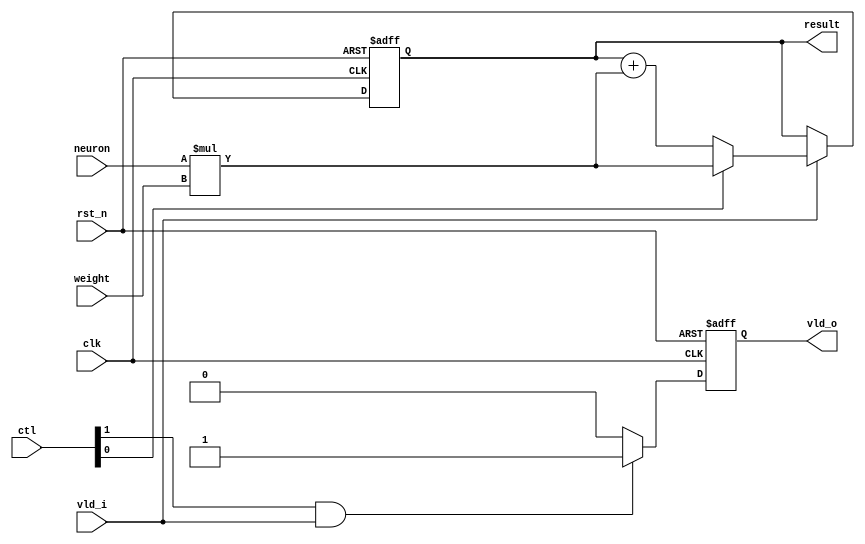
module serial_pe(
  input                clk,
  input                rst_n,
  input  signed [15:0] neuron,
  input  signed [15:0] weight,
  // input   [15:0] neuron,
  // input   [15:0] weight,
  input         [ 1:0] ctl,
  input                vld_i,
  output        [31:0] result,
  output reg           vld_o
);

/**/  /*TODO*/
// wire [31:0] mult_res = neuron * weight;
wire signed [31:0] mult_res = neuron * weight;

reg [31:0] psum_r;

/**/  /*TODO*/
wire [31:0] psum_d = psum_r + mult_res;

/**/
always@(posedge clk or negedge rst_n)
if(!rst_n) begin
  psum_r <= 32'h0;
end else if(vld_i) begin
  psum_r <= ctl[0] ? mult_res : psum_d;
end

always@(posedge clk or negedge rst_n)
if(!rst_n) begin
  vld_o <= 1'b0;
end else if(ctl[1] & vld_i) begin
  vld_o <= 1'b1;
end else begin
  vld_o <= 1'b0;
end

assign result = psum_r;

endmodule